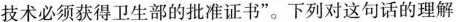
技术必须获得卫生部的批准证书”。下列对这句话的理解